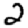
Digit: 2